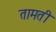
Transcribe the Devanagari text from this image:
तामती